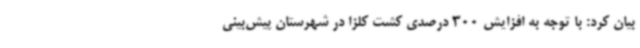
بیان کرد: با توجه به افزایش 300 درصدی کشت کلزا در شهرستان پیش‌بینی